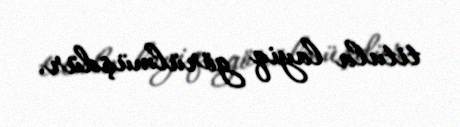
titula layiq görülmüşdür.